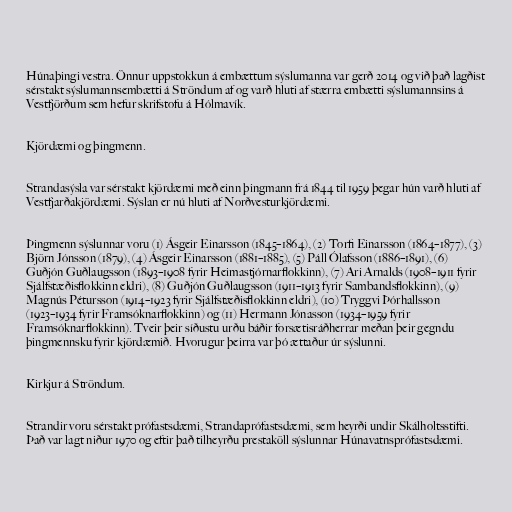
Húnaþingi vestra. Önnur uppstokkun á embættum sýslumanna var gerð 2014 og við það lagðist
sérstakt sýslumannsembætti á Ströndum af og varð hluti af stærra embætti sýslumannsins á
Vestfjörðum sem hefur skrifstofu á Hólmavík.

Kjördæmi og þingmenn.

Strandasýsla var sérstakt kjördæmi með einn þingmann frá 1844 til 1959 þegar hún varð hluti af
Vestfjarðakjördæmi. Sýslan er nú hluti af Norðvesturkjördæmi.

Þingmenn sýslunnar voru (1) Ásgeir Einarsson (1845–1864), (2) Torfi Einarsson (1864–1877), (3)
Björn Jónsson (1879), (4) Ásgeir Einarsson (1881–1885), (5) Páll Ólafsson (1886–1891), (6)
Guðjón Guðlaugsson (1893–1908 fyrir Heimastjórnarflokkinn), (7) Ari Arnalds (1908–1911 fyrir
Sjálfstæðisflokkinn eldri), (8) Guðjón Guðlaugsson (1911–1913 fyrir Sambandsflokkinn), (9)
Magnús Pétursson (1914–1923 fyrir Sjálfstæðisflokkinn eldri), (10) Tryggvi Þórhallsson
(1923–1934 fyrir Framsóknarflokkinn) og (11) Hermann Jónasson (1934–1959 fyrir
Framsóknarflokkinn). Tveir þeir síðustu urðu báðir forsætisráðherrar meðan þeir gegndu
þingmennsku fyrir kjördæmið. Hvorugur þeirra var þó ættaður úr sýslunni.

Kirkjur á Ströndum.

Strandir voru sérstakt prófastsdæmi, Strandaprófastsdæmi, sem heyrði undir Skálholtsstifti.
Það var lagt niður 1970 og eftir það tilheyrðu prestaköll sýslunnar Húnavatnsprófastsdæmi.